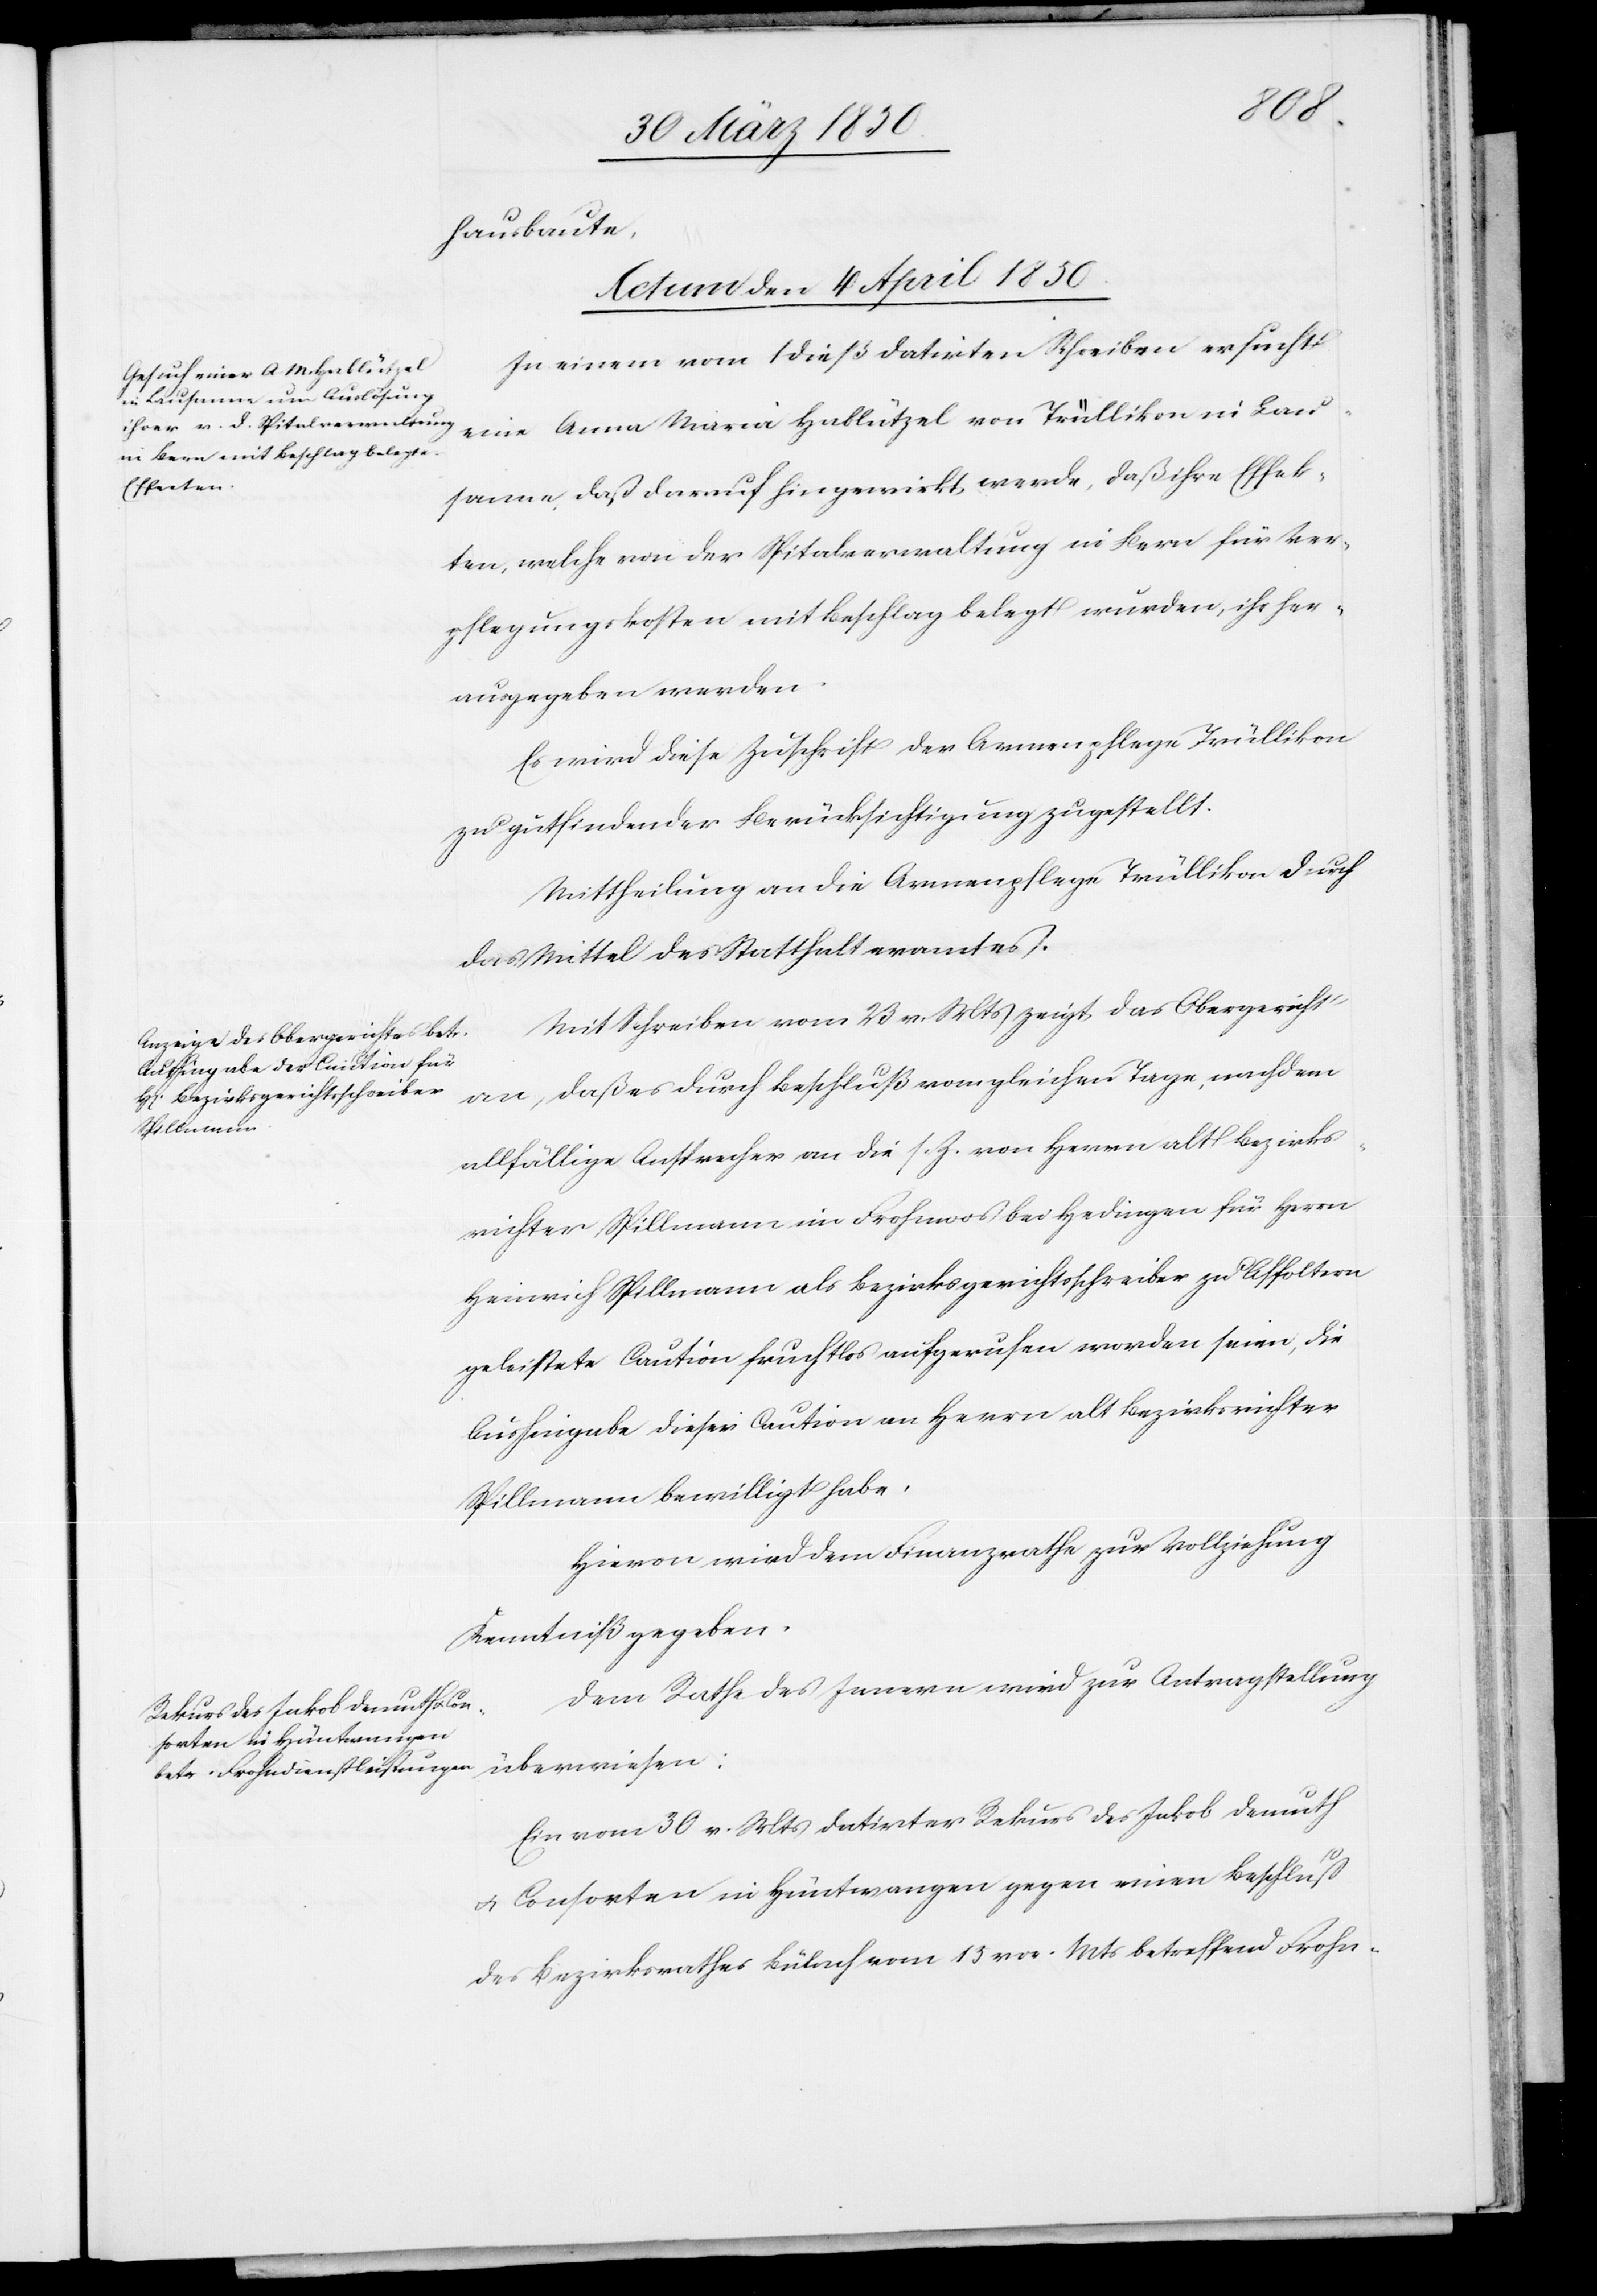
Lau¬
hausbaute.
Actum den 4 April 1850]
In einem vom 1 dieß datirten Schreiben ersucht
sanne daß darauf hingewirkt werde, daß ihre Effek¬
ten, welche von der Spitalverwaltung in Bern für Ver¬
pflegungskosten mit Beschlag belegt wurden, ihr her¬
ausgegeben werden.
Es wird diese Zuschrift der Armenpflege zugestellt.
Mittheilung an die Armenpflege Trüllikon durch
das Mittel des Statthalteramtes.
Mit Schreiben vom 23 v. Mts zeigt das Obergericht
an, daß es durch Beschluß vom gleichen Tage, nachdem
allfällige Ansprecher an die s. Z. von Herrn alt Bezirks¬
richter Spillmann im Frohmoos bei Hedingen für Herrn
Heinrich Spillmann als Bezirksgerichtsschreiber zu Affoltern
geleistete Caution fruchtlos aufgerufen worden seien, die
Aushingabe dieser Caution an Herrn alt Bezirksrichter
Spillmann bewilligt habe.
Hievon wird dem Finanzrathe zur Vollziehung
Kenntniß gegeben.
Dem Rathe des Innern wird zur Antragstellung
überwiesen:
Ein vom 30 v. Mtrs datirter Rekurs des Jakob Demuth
u. Consorten in Hüntwangen gegen einen Beschluß
des Bezirksrathes Bülach vom 15 vor. Mts betreffend Frohn-